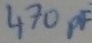
Text: 470pF